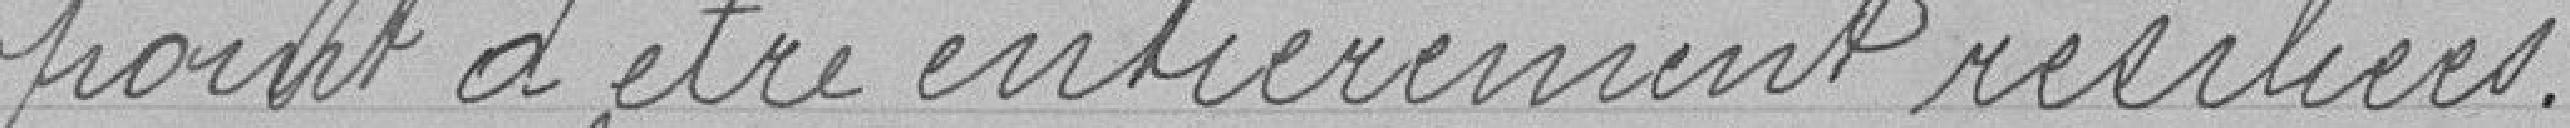
point d'être entièrement résiliées.